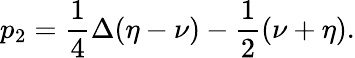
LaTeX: p_{2}=\frac{1}{4}\Delta(\eta-\nu)-\frac{1}{2}(\nu+\eta).